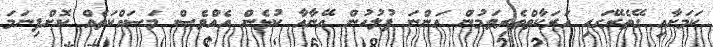
ކަމަށާއި ގޭތެރޭގައި ހަރަކާތްތެރިވަމުން އަންނަ ފުލުހުން އޭނާއާ ކުޅެން އެއްވެސް މަސައްކަތެއް ކޮށްފިނަމަ